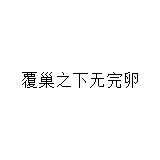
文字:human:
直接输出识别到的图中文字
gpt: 覆巢之下无完卵